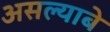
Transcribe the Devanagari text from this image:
असल्याबे